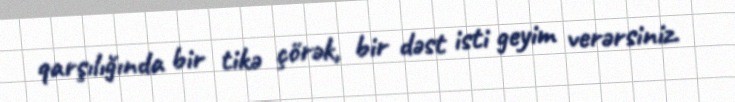
qarşılığında bir tikə çörək, bir dəst isti geyim verərsiniz.